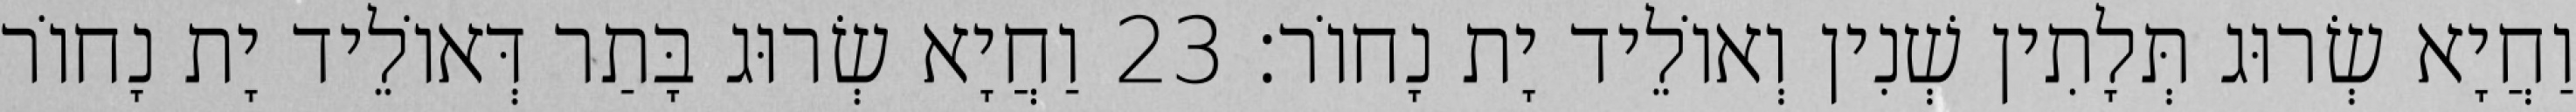
וַחֲיָא שְׂרוּג תְּלָתִין שְׁנִין וְאוֹלֵיד יָת נָחוֹר׃ 23 וַחֲיָא שְׂרוּג בָּתַר דְּאוֹלֵיד יָת נָחוֹר